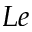
L e